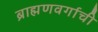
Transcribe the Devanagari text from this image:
ब्राह्मणवर्गाची